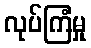
လုပ်ကြံမှု